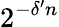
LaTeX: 2^{-\delta^{\prime}n}